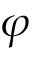
\varphi